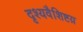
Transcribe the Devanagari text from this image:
दृश्यवैशिष्टय़